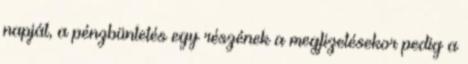
napját, a pénzbüntetés egy részének a megfizetésekor pedig a